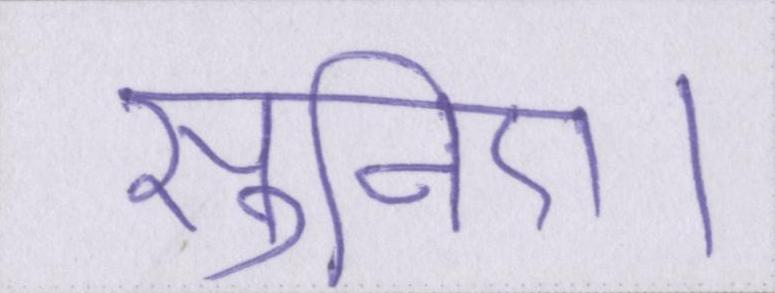
सुनिए।